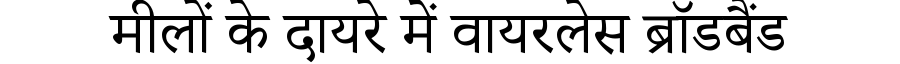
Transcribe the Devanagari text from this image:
मीलों के दायरे में वायरलेस ब्रॉडबैंड